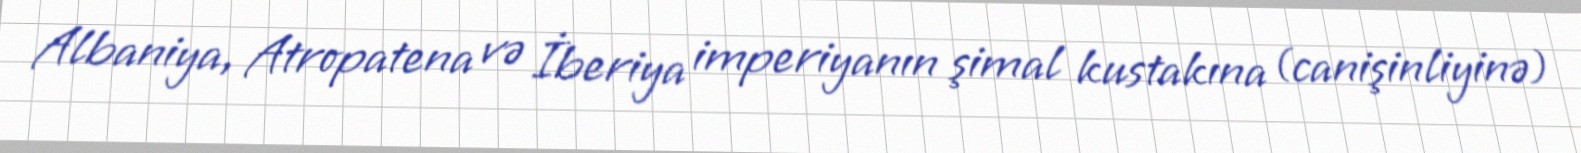
Albaniya, Atropatena və İberiya imperiyanın şimal kustakına (canişinliyinə)